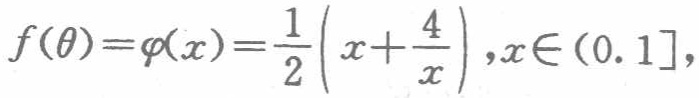
\[f(\theta)=\varphi(x)=\frac{1}{2}\left(x + \frac{4}{x}\right),x\in(0,1]\]